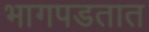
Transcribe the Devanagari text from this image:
भागपडतात